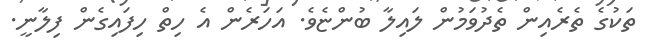
ތަކުގެ ތެރެއިން ތެދުވަމުން ލައިލާ ބުންޏެވެ. އަހަރެން އެ ހިތް ހިފައިގެން ފިލާނީ.